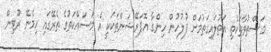
މަސްތުވާތަކެތި އަތުލައިގަތުމަށް ފުލުހުން ހިންގާ އޮޕަރޭޝަންތަކަކީ އެ މަސައްކަތުގެ ތެރޭގައި ހިމެނޭ ރޫޓިން